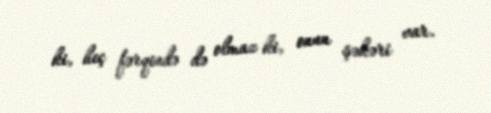
ki, heç fərqində də olmaz ki, onun şəkəri var.